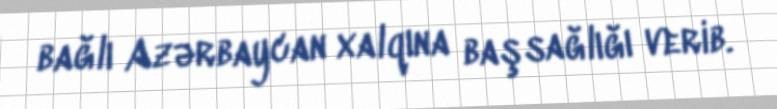
bağlı Azərbaycan xalqına başsağlığı verib.